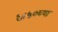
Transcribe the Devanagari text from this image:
१८५०च्या